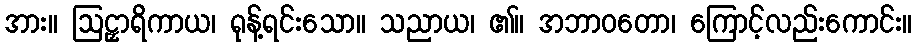
အား။ ဩဠှာရိကာယ၊ ရုန့်ရင်းသော။ သညာယ၊ ၏။ အဘာဝတော၊ ကြောင့်လည်းကောင်း။